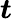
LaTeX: \boldsymbol{t}